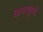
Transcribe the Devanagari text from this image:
धामापूरची